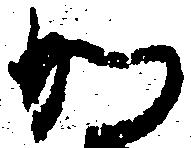
か